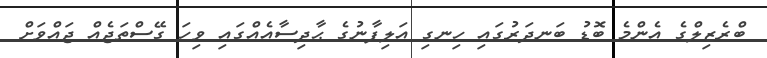
ބްރެޒިލްގެ އެންމެ ބޮޑު ބަނދަރުގައި ހިނގި އަލިފާނުގެ ޙާދިސާއެއްގައި ވިހަ ގޭސްތަޖެއް ޖައްވަށް